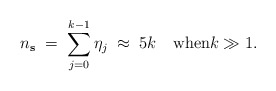
\begin{align*}n_{\mathbf{s}} \;=\; \sum_{j=0}^{k-1} \eta_j \;\approx\; 5k \quad\mbox{when}k\gg 1.\end{align*}